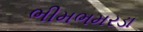
ભીમભમરડા